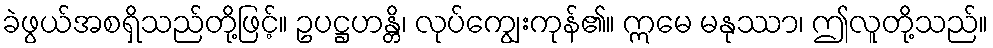
ခဲဖွယ်အစရှိသည်တို့ဖြင့်။ ဥပဋ္ဌဟန္တိ၊ လုပ်ကျွေးကုန်၏။ ဣမေ မနုဿာ၊ ဤလူတို့သည်။